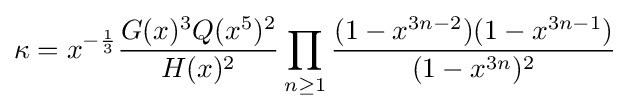
\kappa =x^{-{\frac {1}{3}}}{\frac {G(x)^{3}Q(x^{5})^{2}}{H(x)^{2}}}\prod _{n\geq 1}{\frac {(1-x^{3n-2})(1-x^{3n-1})}{(1-x^{3n})^{2}}}